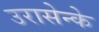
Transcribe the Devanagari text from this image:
उरासेन्के